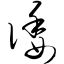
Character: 诿